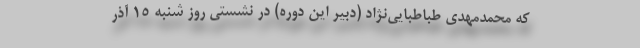
که محمدمهدی طباطبایی‌نژاد (دبیر این دوره) در نشستی روز شنبه 15 آذر